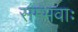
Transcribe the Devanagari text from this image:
सम्भवाः